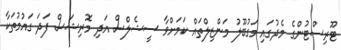
ޓޫރިސްޓުންގެ މެދުގައި މަގުބޫލު މަންޒިލްތައް ކަމަށްވާ ސީޝެލްސް އަދި މޮރިޝަސް ފަދަ ގައުމުތަކާ